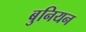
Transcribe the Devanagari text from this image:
बुनियन